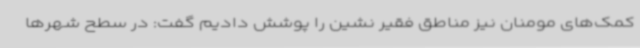
کمک‌های مومنان نیز مناطق فقیر نشین را پوشش دادیم گفت: در سطح شهرها